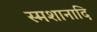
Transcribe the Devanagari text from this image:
स्मशानादि